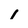
Character: 1